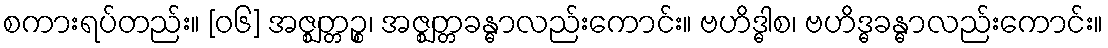
စကားရပ်တည်း။ [၀၆] အဇ္ဈတ္တဉ္စ၊ အဇ္ဈတ္တခန္ဓာလည်းကောင်း။ ဗဟိဒ္ဓါစ၊ ဗဟိဒ္ဓခန္ဓာလည်းကောင်း။